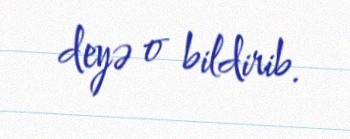
deyə o bildirib.